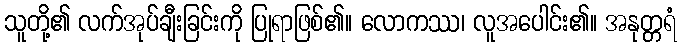
သူတို့၏ လက်အုပ်ချီးခြင်းကို ပြုရာဖြစ်၏။ လောကဿ၊ လူအပေါင်း၏။ အနုတ္တရံ